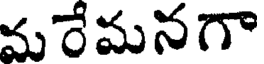
మరేమనగా